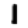
Digit: 1